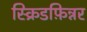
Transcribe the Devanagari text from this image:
स्क्रिडफ़िन्नर